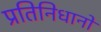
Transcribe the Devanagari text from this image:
प्रतिनिधानों